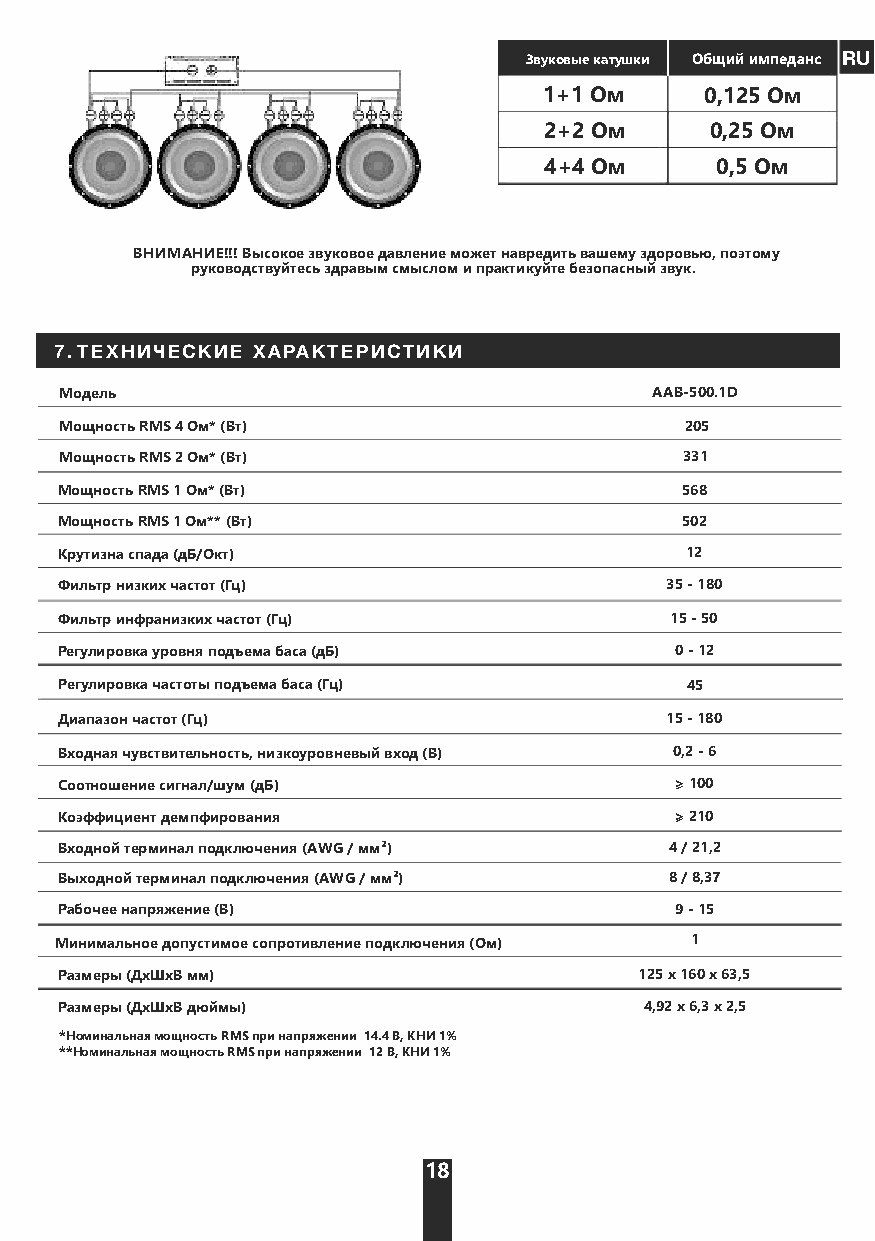
Звуковые катушки Общий импеданс RU
 1+1 Ом     0,125 Ом
 2+2 Ом     0,25 Ом
 4+4 Ом     0,5 Ом
 ВНИМАНИЕ!!! Высокое звуковое давление может навредить вашему здоровью, поэтому
 руководствуйтесь здравым смыслом и практикуйте безопасный звук.
 7. ТЕХНИЧЕСКИЕ ХАРАКТЕРИСТИКИ
 Модель                                 AAB-500.1D
 Мощность RMS 4 Ом* (Вт)                  205
 Мощность RMS 2 Ом* (Вт)                  331
 Мощность RMS 1 Ом* (Вт)                  568
 Мощность RMS 1 Ом** (Вт)                 502
 Крутизна спада (дБ/Окт)                  12
 Фильтр низких частот (Гц)               35 - 180
 Фильтр инфранизких частот (Гц)          15 - 50
 Регулировка уровня подъема баса (дБ)     0 - 12
 Регулировка частоты подъема баса (Гц)    45
 Диапазон частот (Гц)                    15 - 180
 Входная чувствительность, низкоуровневый вход (В) 0,2 - 6
 Соотношение сигнал/шум (дБ)              > 100
 Коэффициент демпфирования                > 210
 Входной терминал подключения (AWG / мм²) 4 / 21,2
 Выходной терминал подключения (AWG / мм²) 8 / 8,37
 Рабочее напряжение (В)                   9 - 15
 Минимальное допустимое сопротивление подключения (Ом) 1
 Размеры (ДхШхВ мм)                    125 x 160 х 63,5
 Размеры (ДхШхВ дюймы)                  4,92 x 6,3 х 2,5
 *Номинальная мощность RMS при напряжении 14.4 В, КНИ 1%
 **Номинальная мощность RMS при напряжении 12 В, КНИ 1%
 18